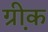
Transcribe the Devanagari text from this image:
ग्री़क